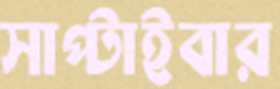
সাপ্‌টাইবার